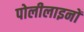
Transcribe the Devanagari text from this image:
पोलीलाइनों